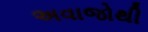
અવાજોથી